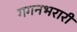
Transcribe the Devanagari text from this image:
गगनभरारी